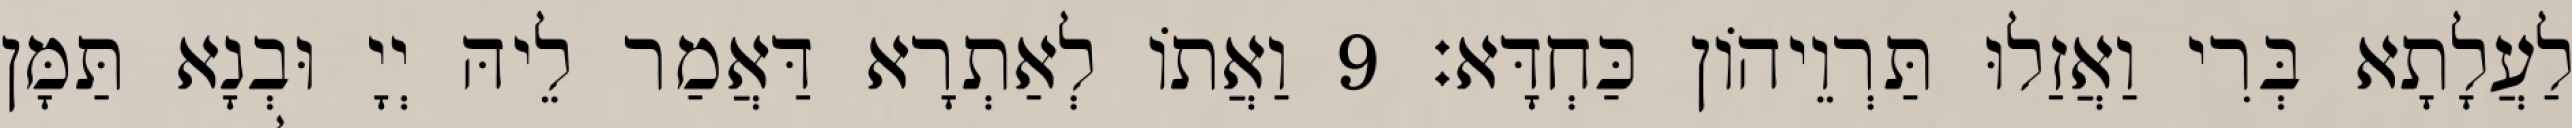
לַעֲלָתָא בְּרִי וַאֲזַלוּ תַּרְוֵיהוֹן כַּחְדָּא׃ 9 וַאֲתוֹ לְאַתְרָא דַּאֲמַר לֵיהּ יְיָ וּבְנָא תַּמָּן